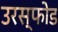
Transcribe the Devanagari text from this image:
उरस्फोड